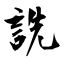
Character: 詵